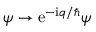
\boldsymbol { \psi } \to \mathrm { e } ^ { - \mathrm { i } q / \hbar } \boldsymbol { \psi }